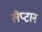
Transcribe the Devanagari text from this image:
लैप्टान